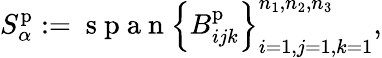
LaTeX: S_{\alpha}^{\mathrm{p}}:=\mathrm{~s~p~a~n~}\left\{ B_{ijk}^{\mathrm{p}}\right\} _{i=1,j=1,k=1}^{n_{1},n_{2},n_{3}},